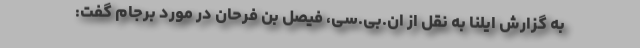
به گزارش ایلنا به نقل از ان.بی.سی، فیصل بن فرحان در مورد برجام گفت: